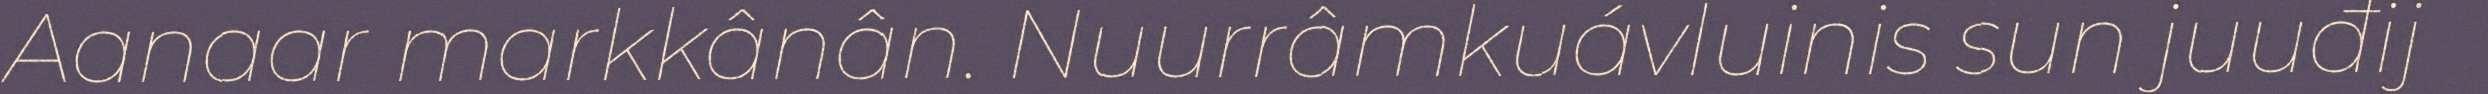
Aanaar markkânân. Nuurrâmkuávluinis sun juuđij